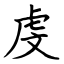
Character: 虔